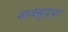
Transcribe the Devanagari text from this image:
नावसुद्धा